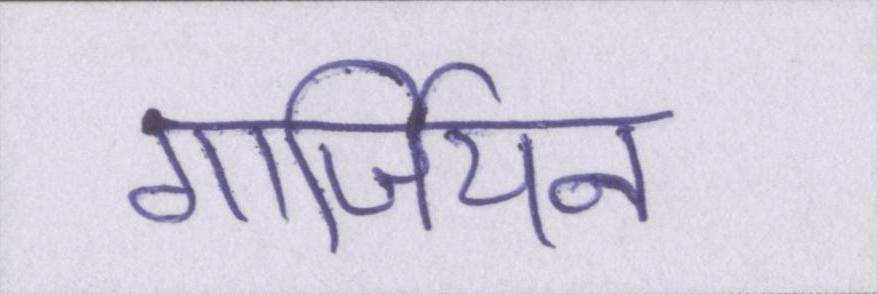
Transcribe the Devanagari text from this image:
गार्जियन